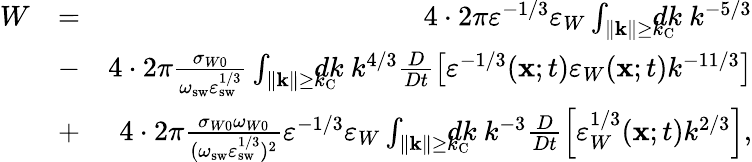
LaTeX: \begin{array}{rlr}{W}&{=}&{4\cdot 2\pi\varepsilon^{-1/3}\varepsilon_{W}\int_{\| {\mathbf{k}}\| \ge k_{\mathrm{{C}}}}\! \! \! \! \! \! dk\ k^{-5/3}}\\ &{-}&{4\cdot 2\pi\frac{\sigma_{W0}}{\omega_{\mathrm{sw}}\varepsilon_{\mathrm{{sw}}}^{1/3}}\int_{\| {\mathbf{k}}\| \ge k_{\mathrm{C}}}\! \! \! \! \! \! dk\ k^{4/3}\frac{D}{Dt}\left[{\varepsilon^{-1/3}({\mathbf{x}};t)\varepsilon_{W}({\mathbf{x}};t)k^{-11/3}}\right]}\\ &{+}&{4\cdot 2\pi\frac{\sigma_{W0}\omega_{W0}}{(\omega_{\mathrm{{sw}}}\varepsilon_{\mathrm{sw}}^{1/3})^{2}}\varepsilon^{-1/3}\varepsilon_{W}\int_{\| {\mathbf{k}}\| \ge k_{\mathrm{{C}}}}\! \! \! \! \! \! dk\ k^{-3}\frac{D}{Dt}\left[{\varepsilon_{W}^{1/3}({\mathbf{x}};t)k^{2/3}}\right],}\end{array}